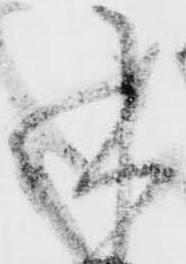
承